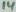
Text: 14